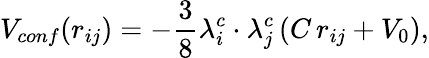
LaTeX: V_{conf}(r_{ij})=-\frac{3}{8}\lambda_{i}^{c}\cdot\lambda_{j}^{c}\left(C\, r_{ij}+V_{0}\right),